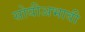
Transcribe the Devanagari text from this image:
सोयीअभावी